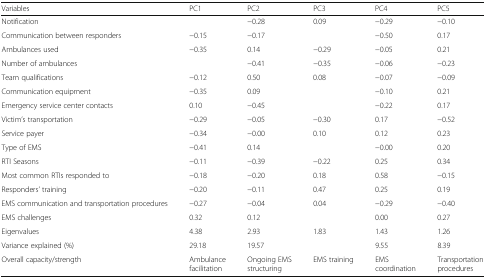
<table><thead><tr><td><b>Variables</b></td><td><b>PC1</b></td><td><b>PC2</b></td><td><b>PC3</b></td><td><b>PC4</b></td><td><b>PC5</b></td></tr></thead><tbody><tr><td>Notification</td><td>[EMPTY_CELL]</td><td>−0.28</td><td>0.09</td><td>−0.29</td><td>−0.10</td></tr><tr><td>Communication between responders</td><td>−0.15</td><td>−0.17</td><td>[EMPTY_CELL]</td><td>−0.50</td><td>0.17</td></tr><tr><td>Ambulances used</td><td>−0.35</td><td>0.14</td><td>−0.29</td><td>−0.05</td><td>0.21</td></tr><tr><td>Number of ambulances</td><td>[EMPTY_CELL]</td><td>−0.41</td><td>−0.35</td><td>−0.06</td><td>−0.23</td></tr><tr><td>Team qualifications</td><td>−0.12</td><td>0.50</td><td>0.08</td><td>−0.07</td><td>−0.09</td></tr><tr><td>Communication equipment</td><td>−0.35</td><td>0.09</td><td>[EMPTY_CELL]</td><td>−0.10</td><td>0.21</td></tr><tr><td>Emergency service center contacts</td><td>0.10</td><td>−0.45</td><td>[EMPTY_CELL]</td><td>−0.22</td><td>0.17</td></tr><tr><td>Victim’s transportation</td><td>−0.29</td><td>−0.05</td><td>−0.30</td><td>0.17</td><td>−0.52</td></tr><tr><td>Service payer</td><td>−0.34</td><td>−0.00</td><td>0.10</td><td>0.12</td><td>0.23</td></tr><tr><td>Type of EMS</td><td>−0.41</td><td>0.14</td><td>[EMPTY_CELL]</td><td>−0.00</td><td>0.20</td></tr><tr><td>RTI Seasons</td><td>−0.11</td><td>−0.39</td><td>−0.22</td><td>0.25</td><td>0.34</td></tr><tr><td>Most common RTIs responded to</td><td>−0.18</td><td>−0.20</td><td>0.18</td><td>0.58</td><td>−0.15</td></tr><tr><td>Responders’ training</td><td>−0.20</td><td>−0.11</td><td>0.47</td><td>0.25</td><td>0.19</td></tr><tr><td>EMS communication and transportation procedures</td><td>−0.27</td><td>−0.04</td><td>0.04</td><td>−0.29</td><td>−0.40</td></tr><tr><td>EMS challenges</td><td>0.32</td><td>0.12</td><td>[EMPTY_CELL]</td><td>0.00</td><td>0.27</td></tr><tr><td>Eigenvalues</td><td>4.38</td><td>2.93</td><td>1.83</td><td>1.43</td><td>1.26</td></tr><tr><td>Variance explained (%)</td><td>29.18</td><td>19.57</td><td>[EMPTY_CELL]</td><td>9.55</td><td>8.39</td></tr><tr><td>Overall capacity/strength</td><td>Ambulance facilitation</td><td>Ongoing EMS structuring</td><td>EMS training</td><td>EMS coordination</td><td>Transportation procedures</td></tr></tbody></table>